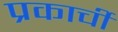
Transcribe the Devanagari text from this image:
प्रकार्ची